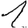
Digit: 1